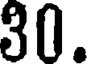
30.